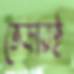
ভেড়ারই